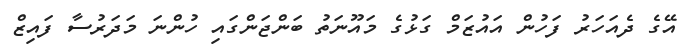
އޭގެ ދެއަހަރު ފަހުން އައުޒަމް ގަޅުގެ މައޫނަތު ބަންޖަންގައި ހުންނަ މަދަރުސާ ފައިޒް